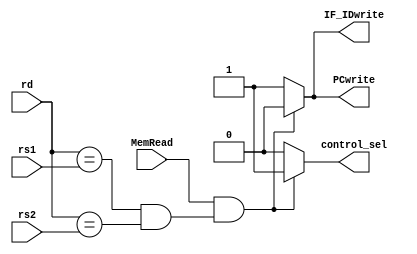
`timescale 1ns / 1ps
//////////////////////////////////////////////////////////////////////////////////
// Company: 
// Engineer: 
// 
// Design Name: 
// Module Name: hazard_detection
// Project Name: 
// Target Devices: 
// Tool Versions: 
// Description: 
// 
// Dependencies: 
// 
// Revision:
// Revision 0.01 - File Created
// Additional Comments:
// 
//////////////////////////////////////////////////////////////////////////////////


module hazard_detection(input [4:0] rd,         //adresa registrului destinatie in etapa EX
                        input [4:0] rs1,        //adresa registrului sursa 1 decodificat in etapa ID
                        input [4:0] rs2,        //adresa registrului sursa 2 decodificat in etapa ID
                        input MemRead,          //semnalul de control MemRead din etapa EX
                        output reg PCwrite,     //semnalul PCwrite ce controleaza scrierea in registrul PC
                        output reg IF_IDwrite,  //semnal ce controleaza scrierea in registrul de pipeline IF_ID
                        output reg control_sel);//semnal transmis spre unitatea de control
always@(*)
    begin
        if((MemRead == 1) && ((rd == rs1) && (rd == rs2)))
        begin
            control_sel <= 1;
            PCwrite <= 0;
            IF_IDwrite <= 0;
        end
        
        else
        begin
            control_sel <= 0;
            PCwrite <= 1;
            IF_IDwrite <= 1;
        end
    end
endmodule